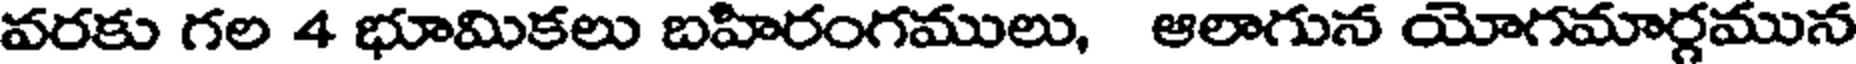
వరకు గల 4 భూమికలు బహిరంగములు, ఆలాగున యోగమార్గమున